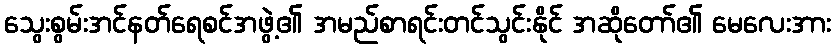
သွေးစွမ်းအင်နတ်ရေစင်အဖွဲ့၏ အမည်စာရင်းတင်သွင်းနိုင် အဆိုတော်၏ မေလေးအား